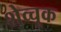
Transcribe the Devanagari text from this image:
शेव्चूक